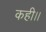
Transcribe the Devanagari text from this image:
कही।।